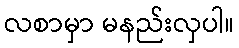
လစာမှာ မနည်းလှပါ။